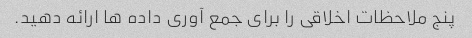
پنج ملاحظات اخلاقی را برای جمع آوری داده ها ارائه دهید.